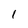
Character: 1